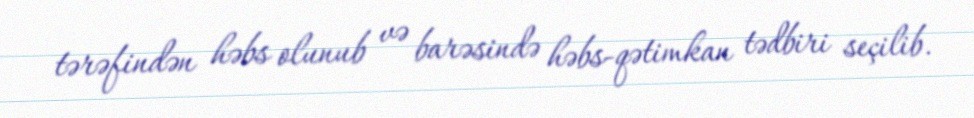
tərəfindən həbs olunub və barəsində həbs-qətimkan tədbiri seçilib.